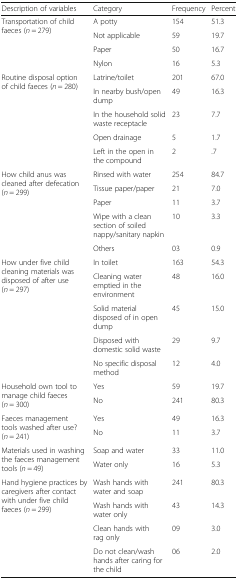
| Description of variables | Category | Frequency | Percent |
 | --- | --- | --- | --- |
 | <ROWSPAN=4> Transportation of child faeces (n = 279) | A potty | 154 | 51.3 |
 | Not applicable | 59 | 19.7 |
 | Paper | 50 | 16.7 |
 | Nylon | 16 | 5.3 |
 | <ROWSPAN=5> Routine disposal option of child faeces (n = 280) | Latrine/toilet | 201 | 67.0 |
 | In nearby bush/open dump | 49 | 16.3 |
 | In the household solid waste receptacle | 23 | 7.7 |
 | Open drainage | 5 | 1.7 |
 | Left in the open in the compound | 2 | .7 |
 | <ROWSPAN=5> How child anus was cleaned after defecation (n = 299) | Rinsed with water | 254 | 84.7 |
 | Tissue paper/paper | 21 | 7.0 |
 | Paper | 11 | 3.7 |
 | Wipe with a clean section of soiled nappy/sanitary napkin | 10 | 3.3 |
 | Others | 03 | 0.9 |
 | <ROWSPAN=5> How under five child cleaning materials was disposed of after use (n = 297) | In toilet | 163 | 54.3 |
 | Cleaning water emptied in the environment | 48 | 16.0 |
 | Solid material disposed of in open dump | 45 | 15.0 |
 | Disposed with domestic solid waste | 29 | 9.7 |
 | No specific disposal method | 12 | 4.0 |
 | <ROWSPAN=2> Household own tool to manage child faeces (n = 300) | Yes | 59 | 19.7 |
 | No | 241 | 80.3 |
 | <ROWSPAN=2> Faeces management tools washed after use? (n = 241) | Yes | 49 | 16.3 |
 | No | 11 | 3.7 |
 | <ROWSPAN=2> Materials used in washing the faeces management tools (n = 49) | Soap and water | 33 | 11.0 |
 | Water only | 16 | 5.3 |
 | <ROWSPAN=4> Hand hygiene practices by caregivers after contact with under five child faeces (n = 299) | Wash hands with water and soap | 241 | 80.3 |
 | Wash hands with water only | 43 | 14.3 |
 | Clean hands with rag only | 09 | 3.0 |
 | Do not clean/wash hands after caring for the child | 06 | 2.0 |